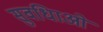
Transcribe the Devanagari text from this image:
सुवधिाओं